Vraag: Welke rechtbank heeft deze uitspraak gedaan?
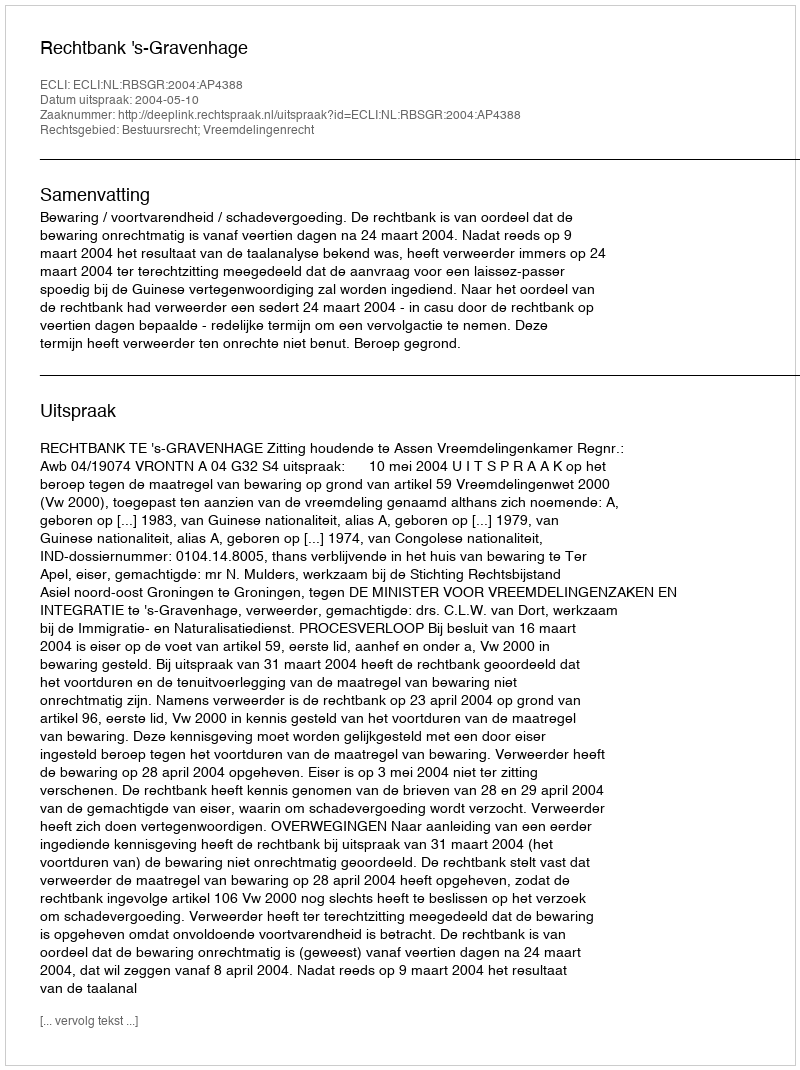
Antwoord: Rechtbank 's-Gravenhage